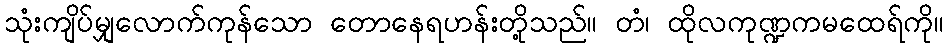
သုံးကျိပ်မျှလောက်ကုန်သော တောနေရဟန်းတို့သည်။ တံ၊ ထိုလကုဏ္ဍကမထေရ်ကို။